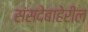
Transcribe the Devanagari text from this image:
संसदेबाहेरील